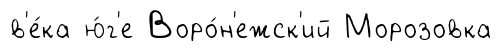
в'е́ка ю́г'е Воро́н'ежск'ий Морозовка